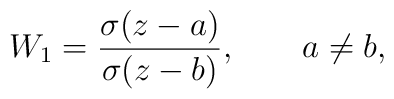
W_{1}=\frac{\sigma(z-a)}{\sigma(z-b)}, \qquad a \ne b,